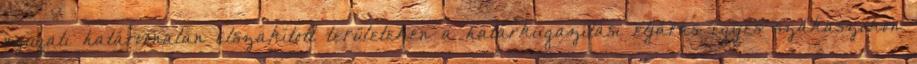
nyugati határvonalán elszakított területeken a határkiigazítási eljárás egyes szakaszokon